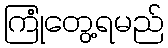
ကြုံတွေ့ရမည်